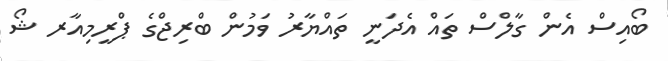
ބޯއިސް އެން ގާލްސް ތައް އެދަނީ ތައްޔާރު ވަމުން ބްރިޖްގެ ޕްރީމިއާރ ޝޯ